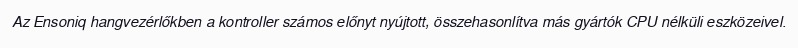
Az Ensoniq hangvezérlőkben a kontroller számos előnyt nyújtott, összehasonlítva más gyártók CPU nélküli eszközeivel.